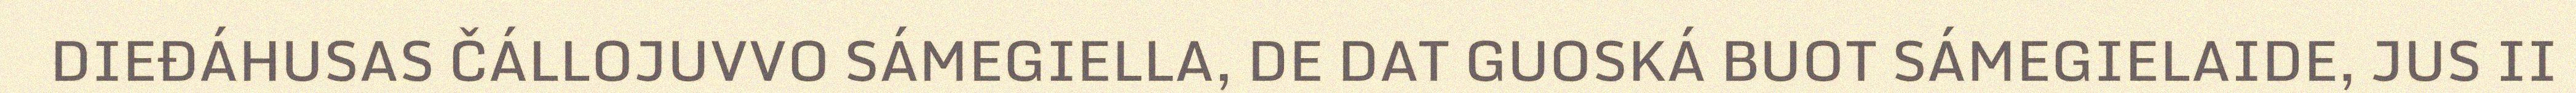
DIEĐÁHUSAS ČÁLLOJUVVO SÁMEGIELLA, DE DAT GUOSKÁ BUOT SÁMEGIELAIDE, JUS II